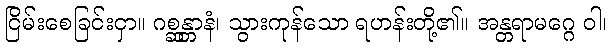
ငြိမ်းစေခြင်းငှာ။ ဂစ္ဆန္တာနံ၊ သွားကုန်သော ရဟန်းတို့၏။ အန္တရာမဂ္ဂေ ဝါ၊